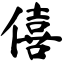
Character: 僖